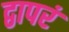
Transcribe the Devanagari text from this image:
द्वापरं